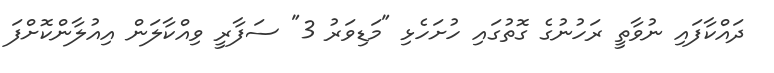
ދައްކާފައި ނުވާތީ ރަހުނުގެ ގޮތުގައި ހުށަހެޅި "މަޑިވަރު 3" ސަފާރީ ވިއްކާލަން އިއުލާންކޮށްފަ